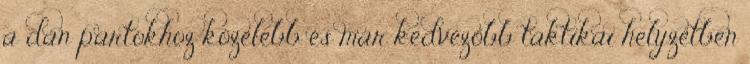
a dán partokhoz közelebb és már kedvezőbb taktikai helyzetben